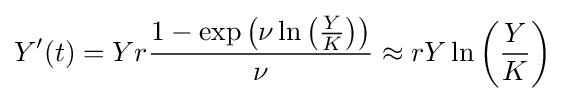
Y^{\prime }(t)=Yr{\frac {1-\exp \left(\nu \ln \left({\frac {Y}{K}}\right)\right)}{\nu }}\approx rY\ln \left({\frac {Y}{K}}\right)